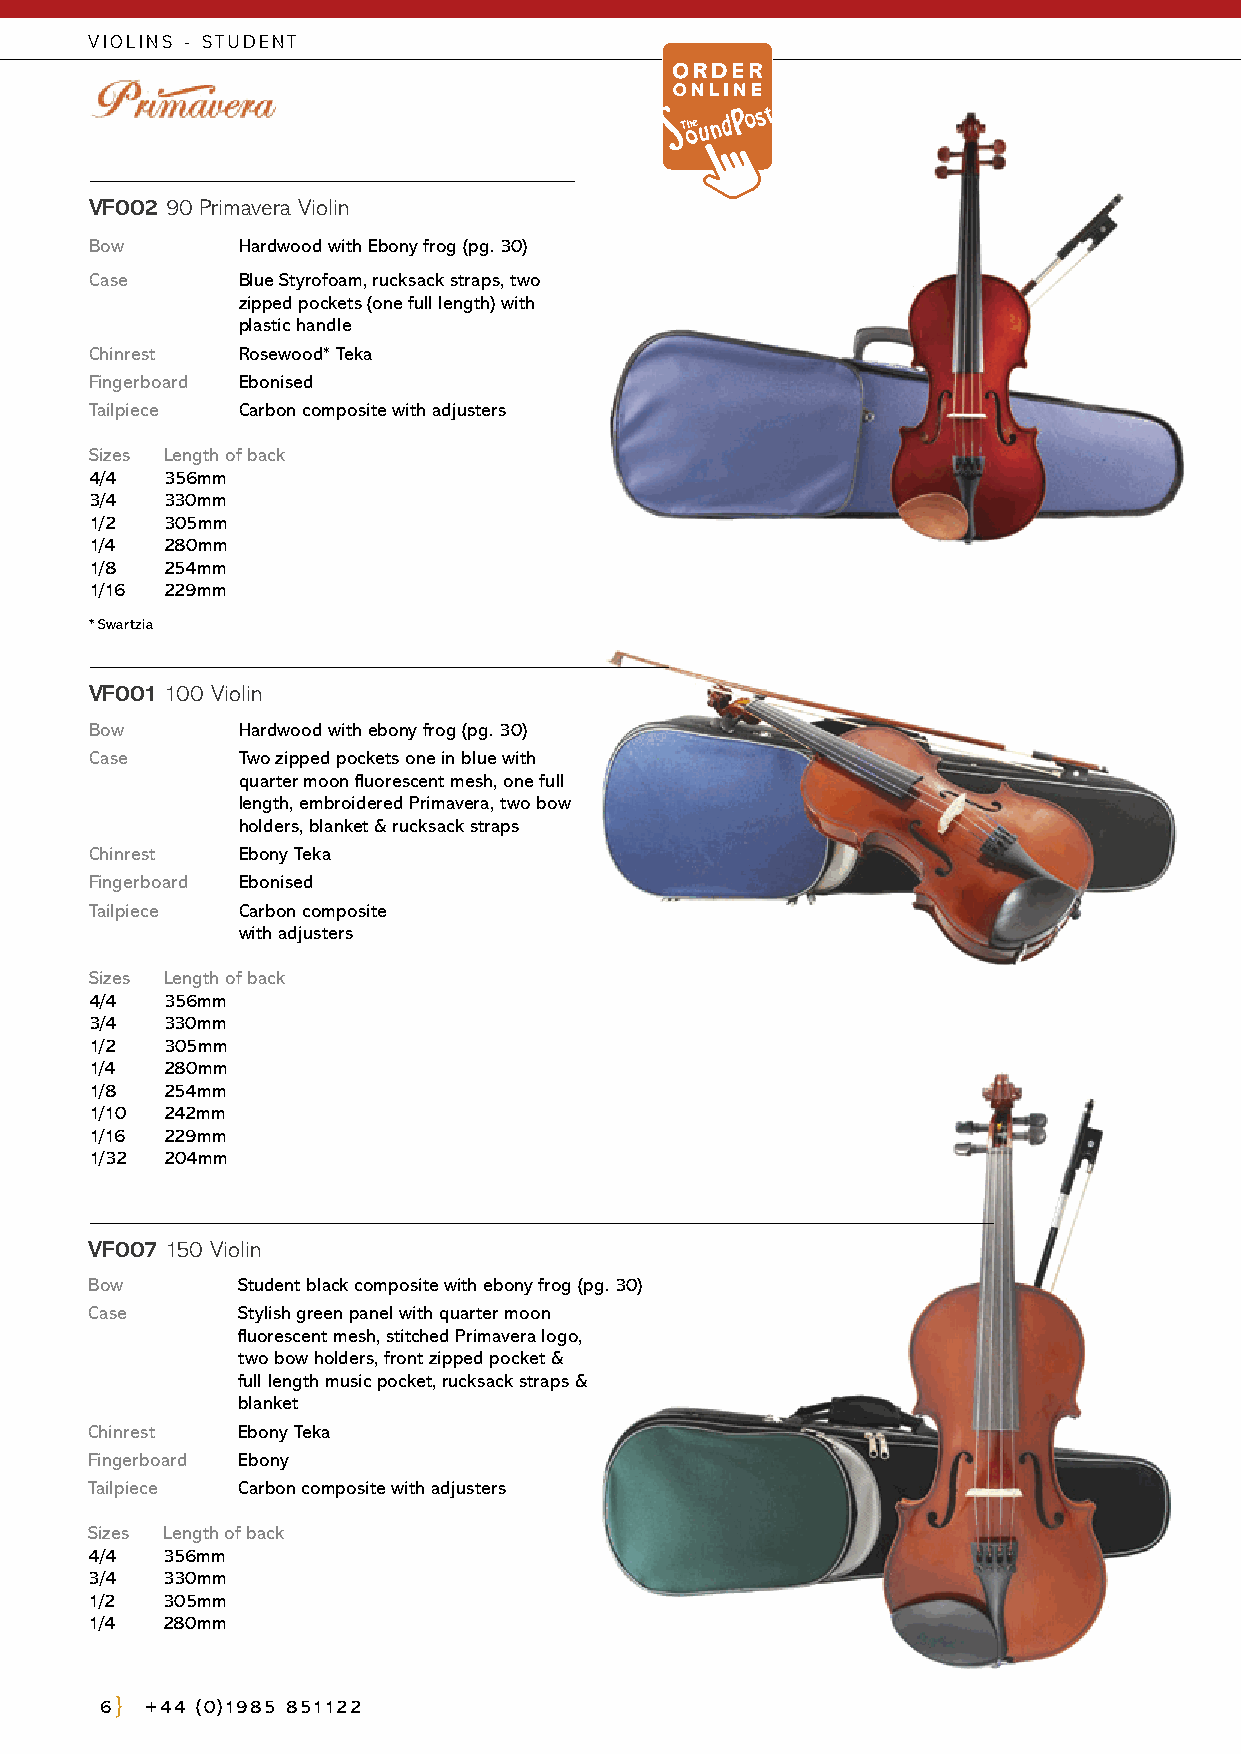
VIOLINS - STUDENT
 VF002 90 Primavera Violin
 Bow       Hardwood with Ebony frog (pg. 30)
 Case      B lue Styrofoam, rucksack straps, two
 zipped pockets (one full length) with
 plastic handle
 Chinrest  Rosewood* Teka
 Fingerboard Ebonised
 Tailpiece Carbon composite with adjusters
 Sizes Length of back
 4/4  356mm
 3/4  330mm
 1/2  305mm
 1/4  280mm
 1/8  254mm
 1/16 229mm
 * Swartzia
 VF001 100 Violin
 Bow       Hardwood with ebony frog (pg. 30)
 Case      T wo zipped pockets one in blue with
 quarter moon fluorescent mesh, one full
 length, embroidered Primavera, two bow
 holders, blanket & rucksack straps
 Chinrest  Ebony Teka
 Fingerboard Ebonised
 Tailpiece Carbon composite
 with adjusters
 Sizes Length of back
 4/4  356mm
 3/4  330mm
 1/2  305mm
 1/4  280mm
 1/8  254mm
 1/10 242mm
 1/16 229mm
 1/32 204mm
 VF007 150 Violin
 Bow       S tudent black composite with ebony frog (pg. 30)
 Case      S tylish green panel with quarter moon
 fluorescent mesh, stitched Primavera logo,
 two bow holders, front zipped pocket &
 full length music pocket, rucksack straps &
 blanket
 Chinrest  Ebony Teka
 Fingerboard Ebony
 Tailpiece Carbon composite with adjusters
 Sizes Length of back
 4/4  356mm
 3/4  330mm
 1/2  305mm
 1/4  280mm
 6  +44 (0)1985 851122